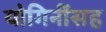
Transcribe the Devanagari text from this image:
योगिनींसह